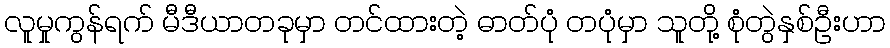
လူမှုကွန်ရက် မီဒီယာတခုမှာ တင်ထားတဲ့ ဓာတ်ပုံ တပုံမှာ သူတို့ စုံတွဲနှစ်ဦးဟာ